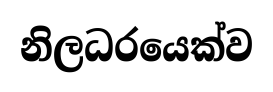
නිලධරයෙක්ව